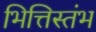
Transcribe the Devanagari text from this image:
भित्तिस्तंभ